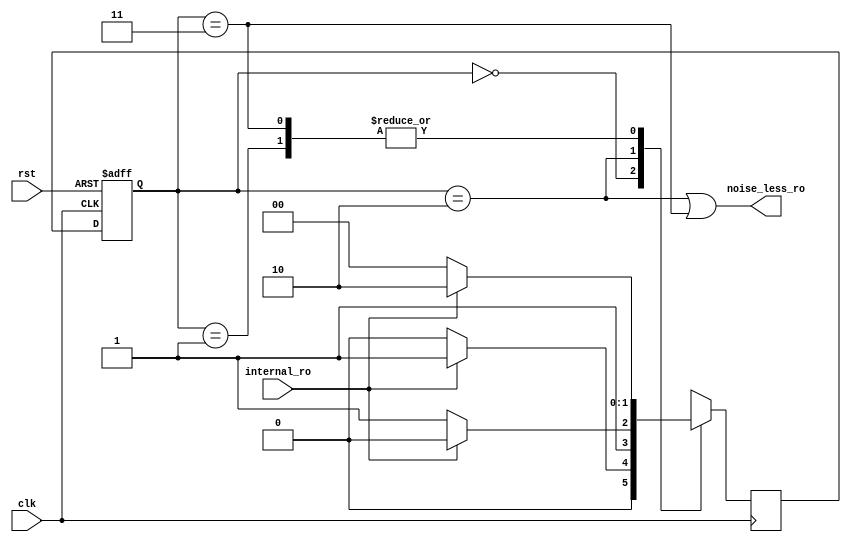
module Noise_Eliminator(input clk, internal_ro, rst, output noise_less_ro);
	parameter Waitfor1 = 0;
	parameter Noisechk1 = 1;
	parameter Stable1 = 2;
	parameter Noisechk0 = 3;

	reg[1 : 0]ns;
	reg[1 : 0]ps;
	always @(posedge clk)
	begin
		case (ps)
			Waitfor1: ns = internal_ro ? Noisechk1 : Waitfor1;
			Noisechk1: ns = internal_ro ? Stable1 : Waitfor1;
			Stable1: ns = internal_ro ? Stable1 : Noisechk0;
			Noisechk0: ns = internal_ro? Stable1 : Waitfor1;
			default: ns = 0;
		endcase
	end
	
	assign noise_less_ro = (ps == Stable1) | (ps == Noisechk0);
	
	always @(posedge clk, posedge rst)
	begin
		if(rst)
			ps = 0;
		else
			ps = ns;
	end
	
endmodule

module Mux(input Fail, Power, PSI, external_ro, output Main_Clock);
	wire s = Fail|Power;
	assign Main_Clock = s ? PSI : external_ro;
endmodule